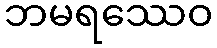
ဘမရဿေဝ